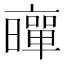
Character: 𠆛